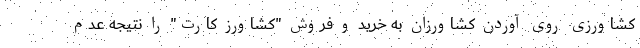
کشاورزی روی آوردن کشاورزان به خرید و فروش "کشاورز کارت" را نتیجه عدم